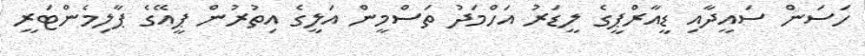
ހަސަން ސައީދާއި ޑީއާރްޕީގެ ލީޑަރު އަހްމަދު ތަސްމީން އަލީގެ އިތުރުން ޕީއޭގެ ޕާލިމެންޓަރީ